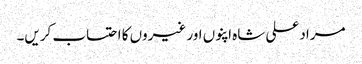
مراد علی شاہ اپنوں اور غیروں کا احتساب کریں۔